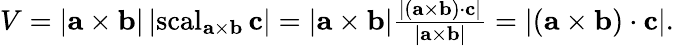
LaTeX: {\begin{array}{r}{V=\left|\mathbf{a}\times\mathbf{b}\right|\left|\operatorname{scal}_{\mathbf{a}\times\mathbf{b}}\mathbf{c}\right|=\left|\mathbf{a}\times\mathbf{b}\right|{\frac{\left|\left(\mathbf{a}\times\mathbf{b}\right)\cdot\mathbf{c}\right|}{\left|\mathbf{a}\times\mathbf{b}\right|}}=\left|\left(\mathbf{a}\times\mathbf{b}\right)\cdot\mathbf{c}\right|.}\end{array}}